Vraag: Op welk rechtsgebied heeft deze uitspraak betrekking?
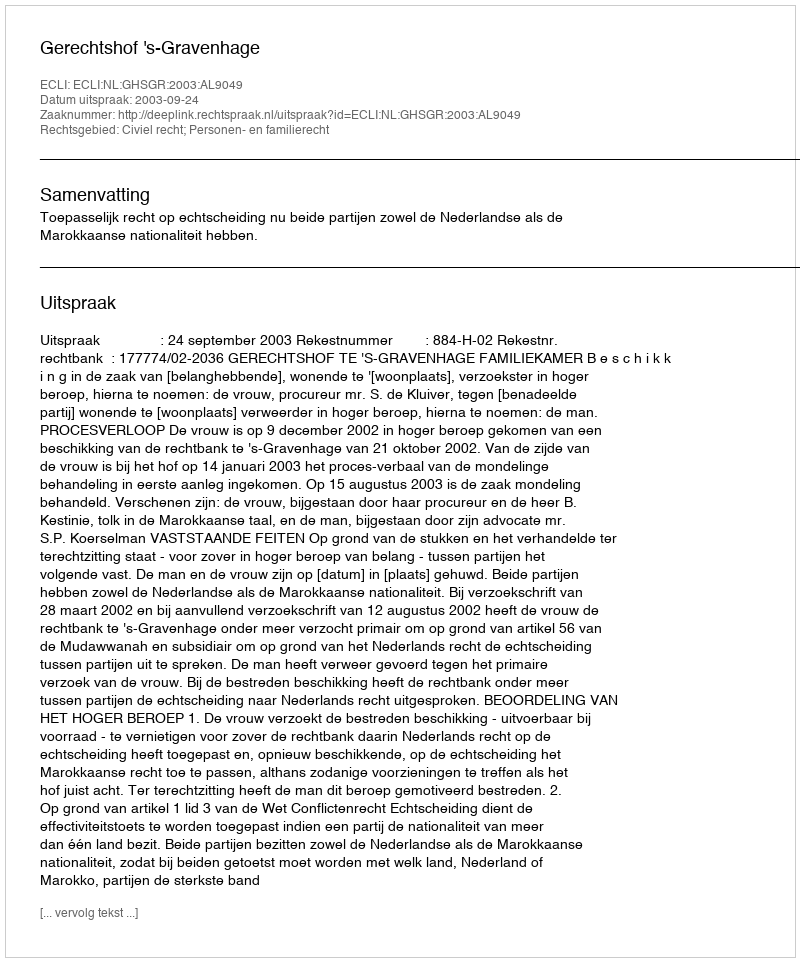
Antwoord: Civiel recht; Personen- en familierecht